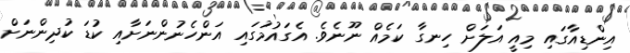
އިންޑިއާގައި މިއީ އަލަށް ހިނގާ ކަމެއް ނޫނެވެ. އެގައުމުގައި އަންހެނުންނަށާއި ކުޑަ ކުދިންނަށް